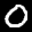
Label: 0